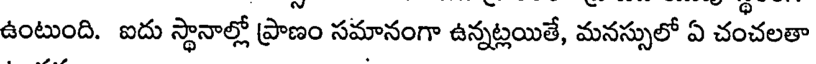
ఉంటుంది. ఐదు స్థానాల్లో ప్రాణం సమానంగా ఉన్నట్లయితే, మనస్సులో ఏ చంచలతా